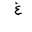
Letter: _gayn